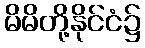
မိမိတို့နိုင်ငံ၌